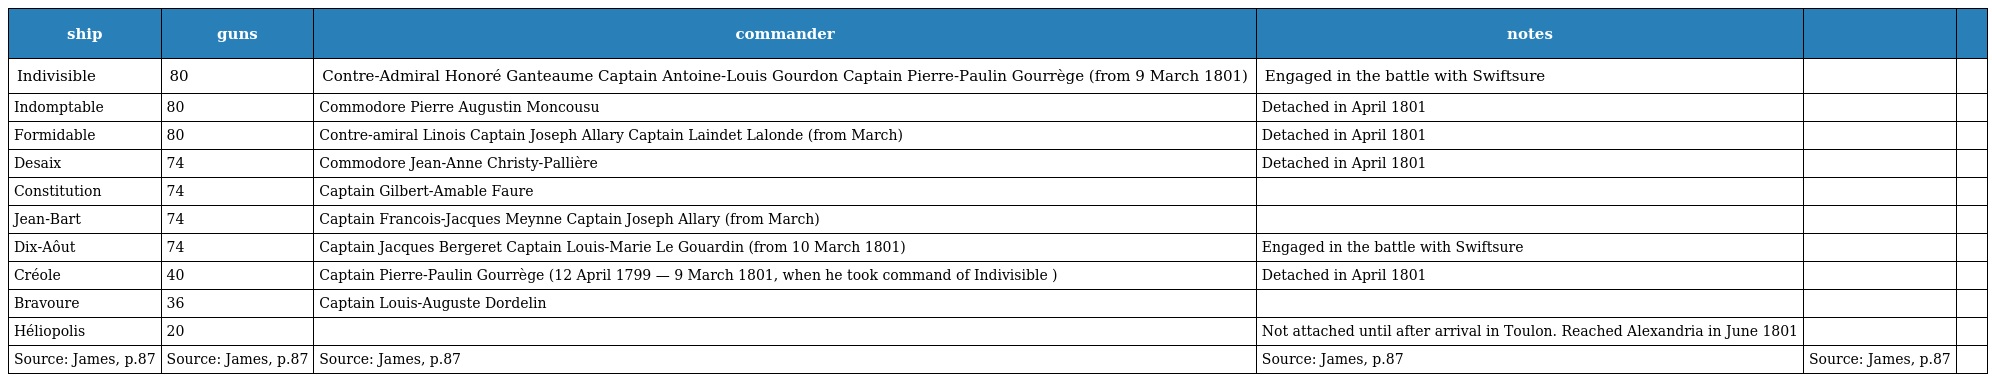
| ship | guns | commander | notes |  |  |
 | --- | --- | --- | --- | --- | --- |
 | Indivisible | 80 | Contre-Admiral Honoré Ganteaume Captain Antoine-Louis Gourdon Captain Pierre-Paulin Gourrège (from 9 March 1801) | Engaged in the battle with Swiftsure |  |  |
 | Indomptable | 80 | Commodore Pierre Augustin Moncousu | Detached in April 1801 |  |  |
 | Formidable | 80 | Contre-amiral Linois Captain Joseph Allary Captain Laindet Lalonde (from March) | Detached in April 1801 |  |  |
 | Desaix | 74 | Commodore Jean-Anne Christy-Pallière | Detached in April 1801 |  |  |
 | Constitution | 74 | Captain Gilbert-Amable Faure |  |  |  |
 | Jean-Bart | 74 | Captain Francois-Jacques Meynne Captain Joseph Allary (from March) |  |  |  |
 | Dix-Aôut | 74 | Captain Jacques Bergeret Captain Louis-Marie Le Gouardin (from 10 March 1801) | Engaged in the battle with Swiftsure |  |  |
 | Créole | 40 | Captain Pierre-Paulin Gourrège (12 April 1799 — 9 March 1801, when he took command of Indivisible ) | Detached in April 1801 |  |  |
 | Bravoure | 36 | Captain Louis-Auguste Dordelin |  |  |  |
 | Héliopolis | 20 |  | Not attached until after arrival in Toulon. Reached Alexandria in June 1801 |  |  |
 | Source: James, p.87 | Source: James, p.87 | Source: James, p.87 | Source: James, p.87 | Source: James, p.87 |  |